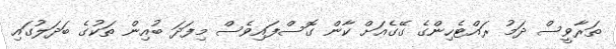
ތަރާވީސް ދަމު ރައްޓެހިންގެ ގޭގެއަށް ކާން ގޮސްފައިވެސް މިފަދަ ބުއިން ތަކުގެ ބަދަލުގައި